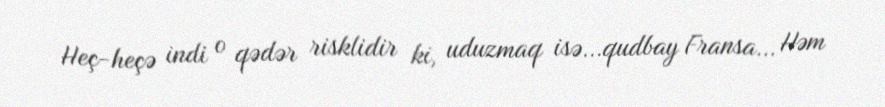
Heç-heçə indi o qədər risklidir ki, uduzmaq isə...qudbay Fransa... Həm